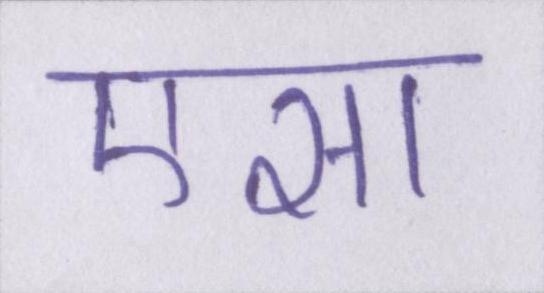
एसा